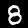
Label: 8